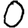
Digit: 0